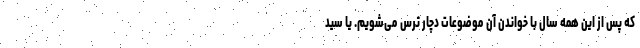
که پس از این همه سال با خواندن آن موضوعات دچار ترس می‌شویم. یا سید